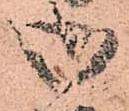
御